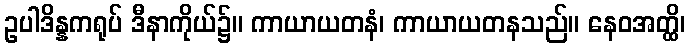
ဥပါဒိန္နကရုပ် ဒီနာကိုယ်၌။ ကာယာယတနံ၊ ကာယာယတနသည်။ နေဝအတ္ထိ၊